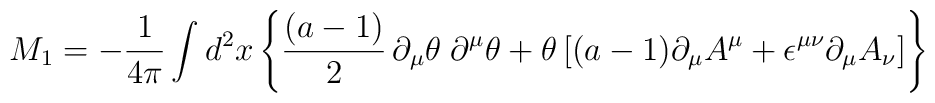
M_1 = -{1\over 4\pi} \int d^2x \left\lbrace {(a-1)\over 2}\,\partial_\mu \theta \; \partial^\mu \theta + \theta \left\lbrack (a-1)\partial_\mu A^\mu + \epsilon^{\mu\nu} \partial_\mu A_\nu \right\rbrack\right\rbrace